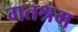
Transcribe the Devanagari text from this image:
गतश्रम